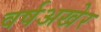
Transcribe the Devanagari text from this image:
वर्षअखेर